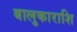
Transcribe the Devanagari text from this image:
बालुकाराशि